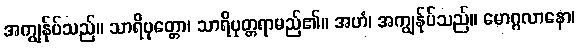
အကျွန်ုပ်သည်။ သာရိပုတ္တော၊ သာရိပုတ္တရာမည်၏။ အဟံ၊ အကျွန်ုပ်သည်။ မောဂ္ဂလာနော၊